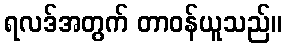
ရလဒ်အတွက် တာဝန်ယူသည်။